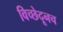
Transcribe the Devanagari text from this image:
विच्छेदूनच